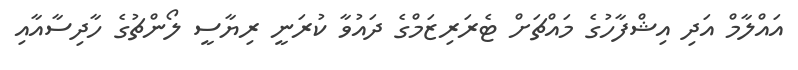
އައްލާމް އަދި އިޝްފާހުގެ މައްޗަށް ޓެރަރިޒަމްގެ ދައުވާ ކުރަނީ ރިޔާސީ ލޯންޗުގެ ހާދިސާއާއި